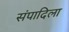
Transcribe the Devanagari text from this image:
संपादिला